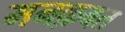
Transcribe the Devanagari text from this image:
मनक़बत